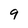
Character: 9